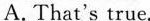
A. That's true.